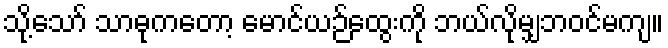
သို့သော် သာဓုကတော့ မောင်ယဉ်ထွေးကို ဘယ်လိုမျှဘဝင်မကျ။